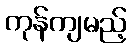
ကုန်ကျမည့်